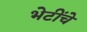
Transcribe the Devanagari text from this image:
भेटींचे